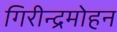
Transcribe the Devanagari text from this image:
गिरीन्द्रमोहन